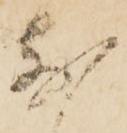
前